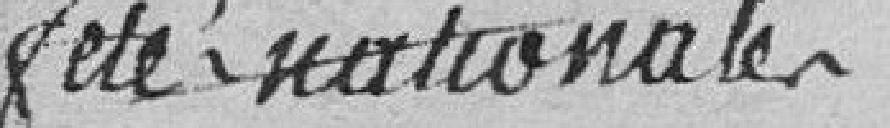
fête nationale